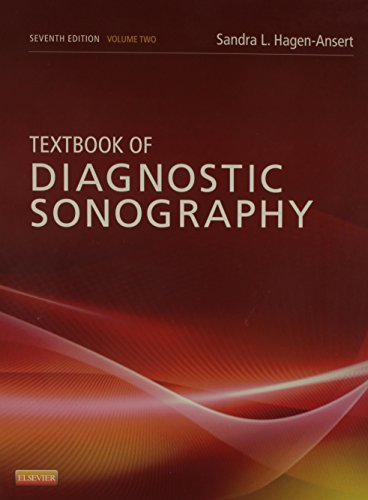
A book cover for Textbook of Diagnostic Sonography: 2-Volume Set, 7e (Textbook of Diagnostic Ultrasonography); Sandra L. Hagen-Ansert MS  RDMS  RDCS  FASE  FSDMS; Medical Books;